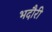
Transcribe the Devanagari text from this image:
भदौरी